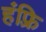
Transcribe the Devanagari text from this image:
हंफ़्रि